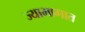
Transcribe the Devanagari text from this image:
ज्याभागात